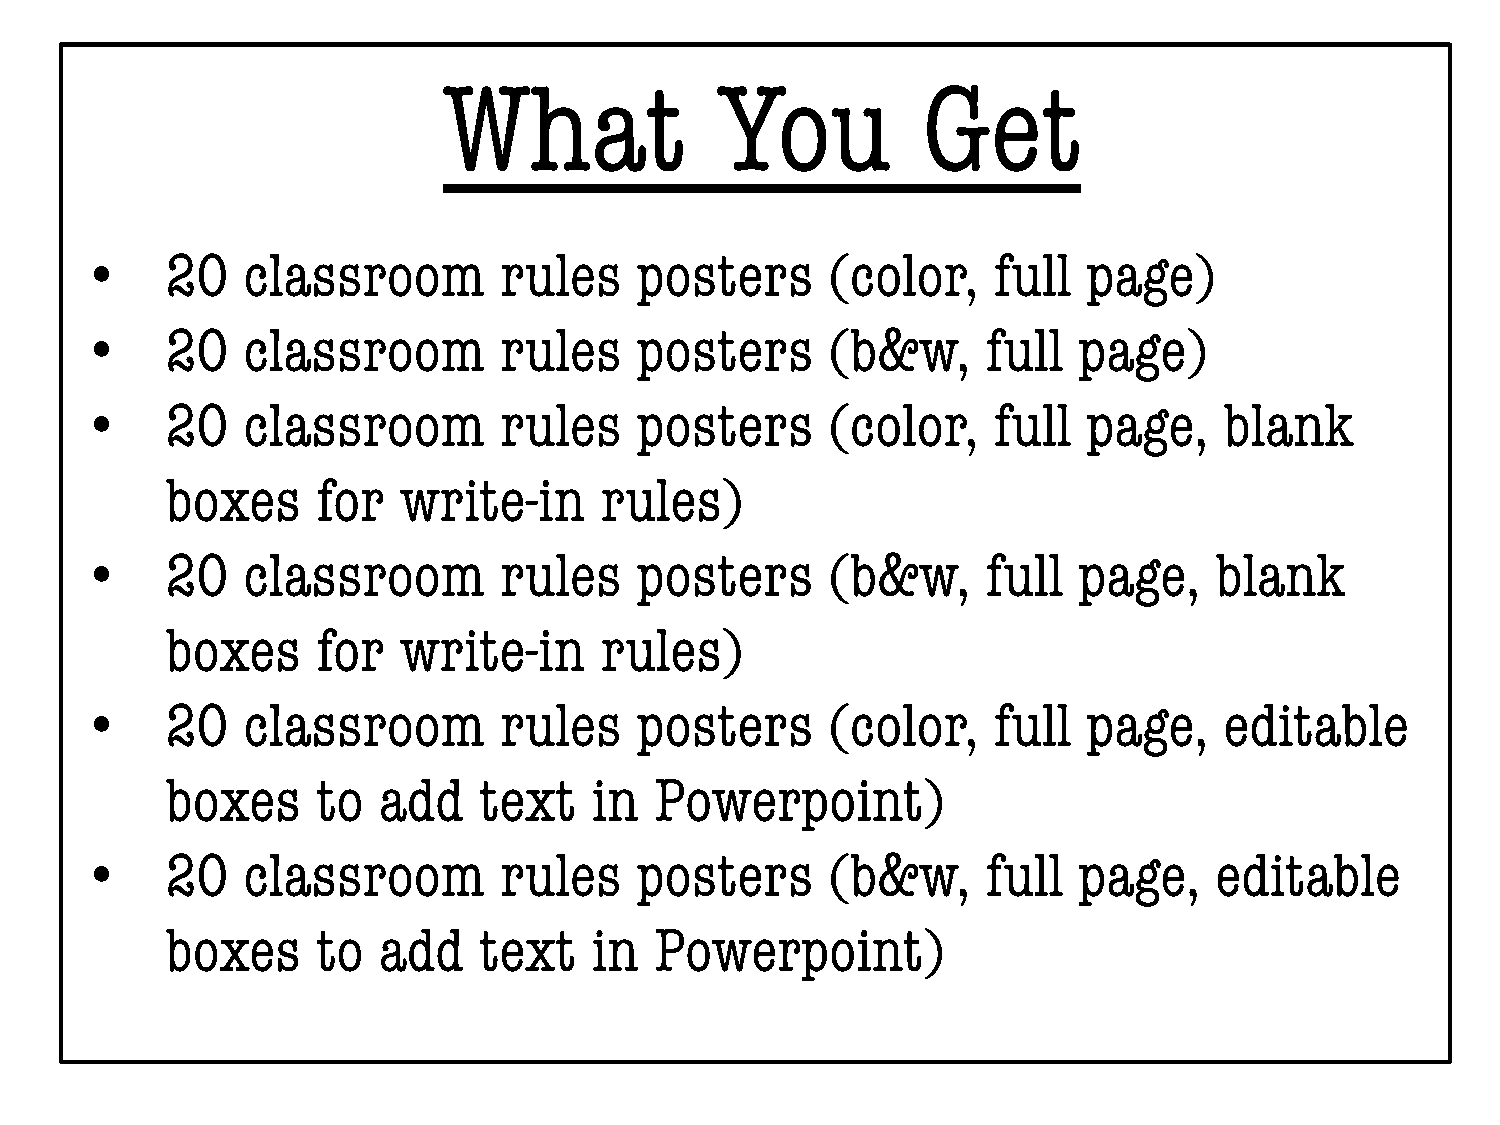
What               You          Get
 •    20   classroom        rules    posters      (color,    full  page)
 •    20   classroom        rules    posters      (b&w,     full  page)
 •    20   classroom        rules    posters      (color,    full  page,    blank
 boxes     for  write-in      rules)
 •    20   classroom        rules    posters      (b&w,     full  page,    blank
 boxes     for  write-in      rules)
 •    20   classroom        rules    posters      (color,    full  page,    editable
 boxes     to  add    text   in  Powerpoint)
 •    20   classroom        rules    posters      (b&w,     full  page,    editable
 boxes     to  add    text   in  Powerpoint)